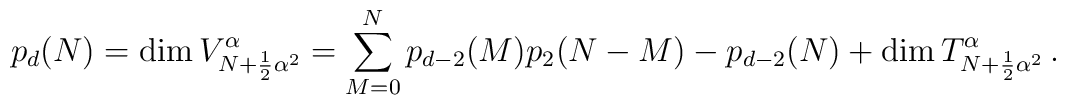
p_d(N)=\mbox{dim} \, V^{\alpha}_{N+\frac{1}{2}{\alpha}^2}=    \sum_{M=0}^{N}p_{d-2}(M)p_2(N-M) -p_{d-2}(N)+      \mbox{dim} \, T^{\alpha}_{N+\frac{1}{2}{\alpha}^2}\, .